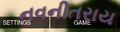
નવનીતરાય